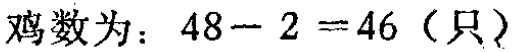
鸡数为：\(48 - 2 = 46\)（只）